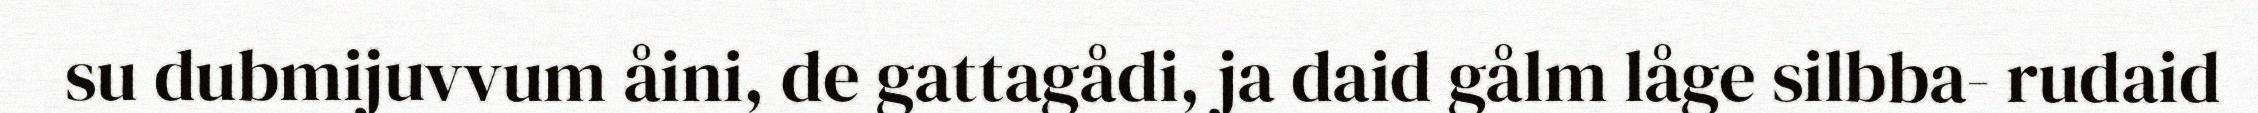
su dubmijuvvum åini, de gattagådi, ja daid gålm låge silbba- rudaid